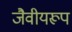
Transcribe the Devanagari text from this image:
जैवीयरूप